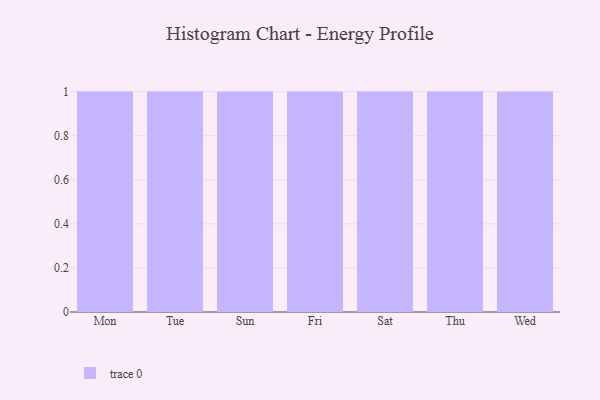
{"axis": {"x": "Day", "y": "Page Views"}, "legend": [""], "data": [{"x": "Mon", "y": 51, "type": ""}, {"x": "Tue", "y": 45, "type": ""}, {"x": "Sun", "y": 89, "type": ""}, {"x": "Fri", "y": 99, "type": ""}, {"x": "Sat", "y": 32, "type": ""}, {"x": "Thu", "y": 88, "type": ""}, {"x": "Wed", "y": 84, "type": ""}]}